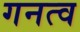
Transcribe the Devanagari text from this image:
गनत्व